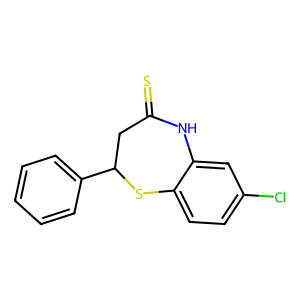
SMILES: S=C1CC(c2ccccc2)Sc2ccc(Cl)cc2N1
Inhibits HIV replication: No